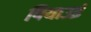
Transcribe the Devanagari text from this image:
पियाउई